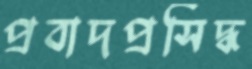
প্রবাদপ্রসিদ্ধ